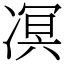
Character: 凕